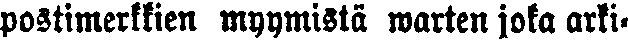
postimerkkien myymistä warten joka arki-